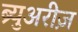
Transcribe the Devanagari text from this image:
ब्र्युअरीज़